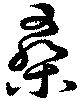
桑